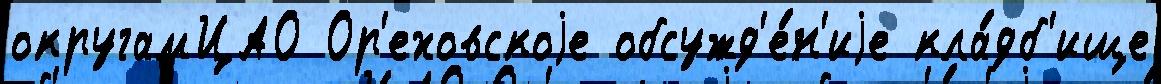
округамЦАО Ор'еховскоjе обсужд'е́н'иjе кла́дб'ище